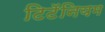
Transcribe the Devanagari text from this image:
टिटॅनियम